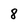
Character: 8